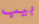
بيب